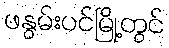
ဖနွမ်းပင်မြို့တွင်